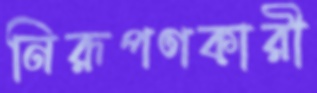
নিরূপণকারী